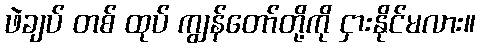
ဖဲချပ် တစ် ထုပ် ကျွန်တော်တို့ကို ငှားနိုင်မလား။